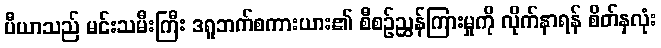
ပီယာသည် မင်းသမီးကြီး ဒရူဘက်စကားယား၏ စီစဉ်ညွှန်ကြားမှုကို လိုက်နာရန် စိတ်နှလုံး